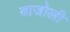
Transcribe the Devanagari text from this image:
बाजोली